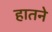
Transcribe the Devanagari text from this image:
हातने